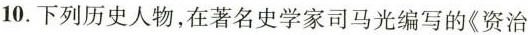
10.下列历史人物，在著名史学家司马光编写的《资治